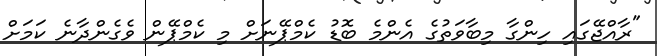
"ރާއްޖޭގައި ހިންގާ މިބާވަތުގެ އެންމެ ބޮޑު ކެމްޕޭނަށް މި ކެމްޕޭން ވެގެންދާނެ ކަމަށް